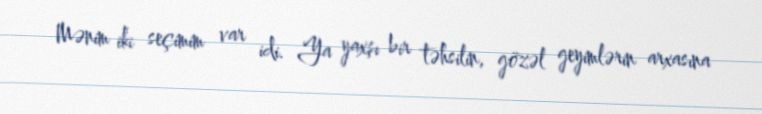
Mənim iki seçimim var idi. Ya yaxşı bir təhsilin, gözəl geyimlərin arxasına